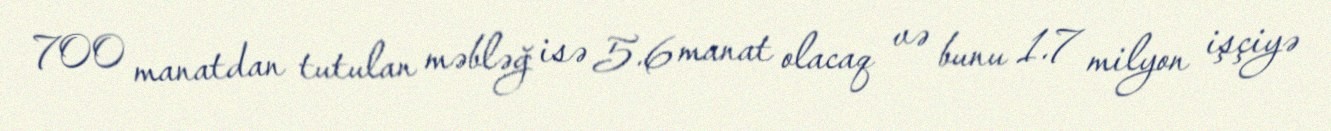
700 manatdan tutulan məbləğ isə 5.6 manat olacaq və bunu 1.7 milyon işçiyə